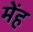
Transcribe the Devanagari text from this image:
मेंह